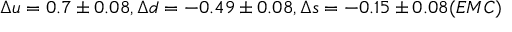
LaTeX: \Delta u = 0 . 7 \pm 0 . 0 8 , \Delta d = - 0 . 4 9 \pm 0 . 0 8 , \Delta s = - 0 . 1 5 \pm 0 . 0 8 ( E M C )